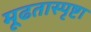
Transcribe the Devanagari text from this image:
मूढतास्पृष्टा